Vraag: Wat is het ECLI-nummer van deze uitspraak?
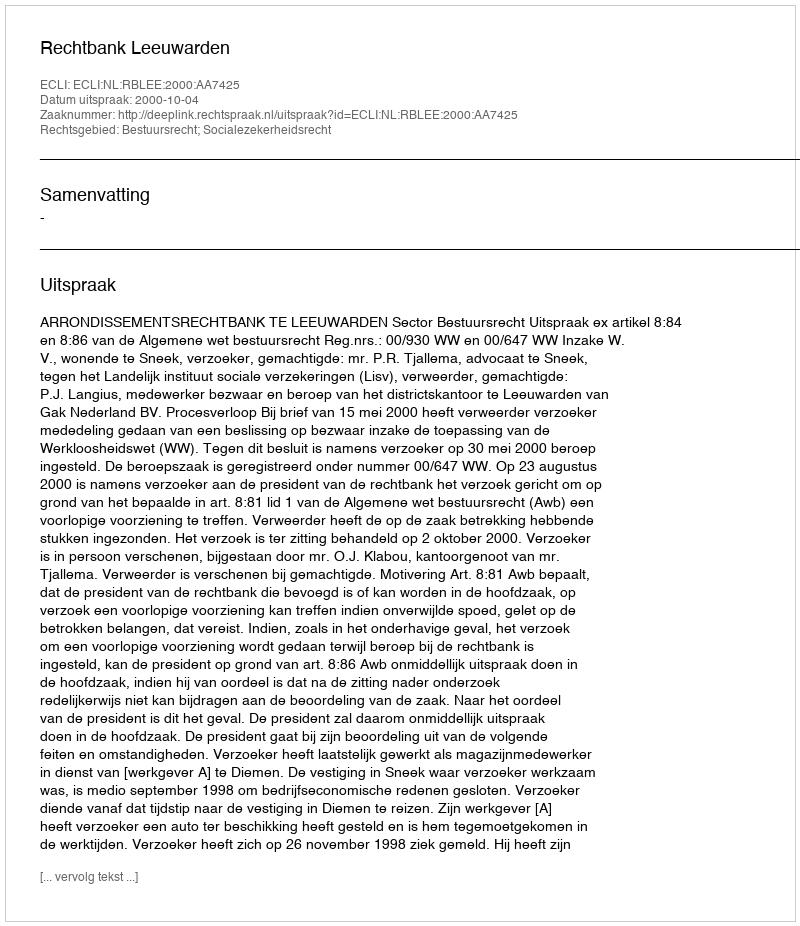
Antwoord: ECLI:NL:RBLEE:2000:AA7425